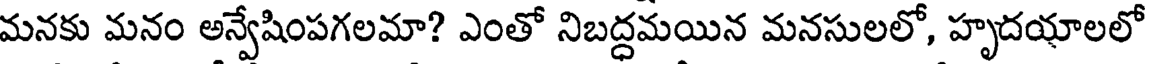
మనకు మనం అన్వేషింపగలమా? ఎంతో నిబద్దమయిన మనసులలో, హృదయాలలో